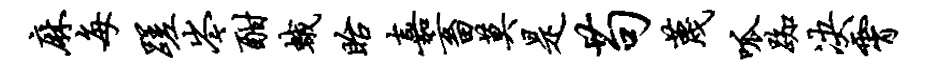
麻每蹉岑酣蛾眙嘉畜莫是苟蔑呱踟决霄